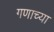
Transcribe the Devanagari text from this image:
गणाच्या